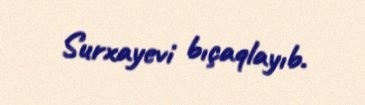
Surxayevi bıçaqlayıb.